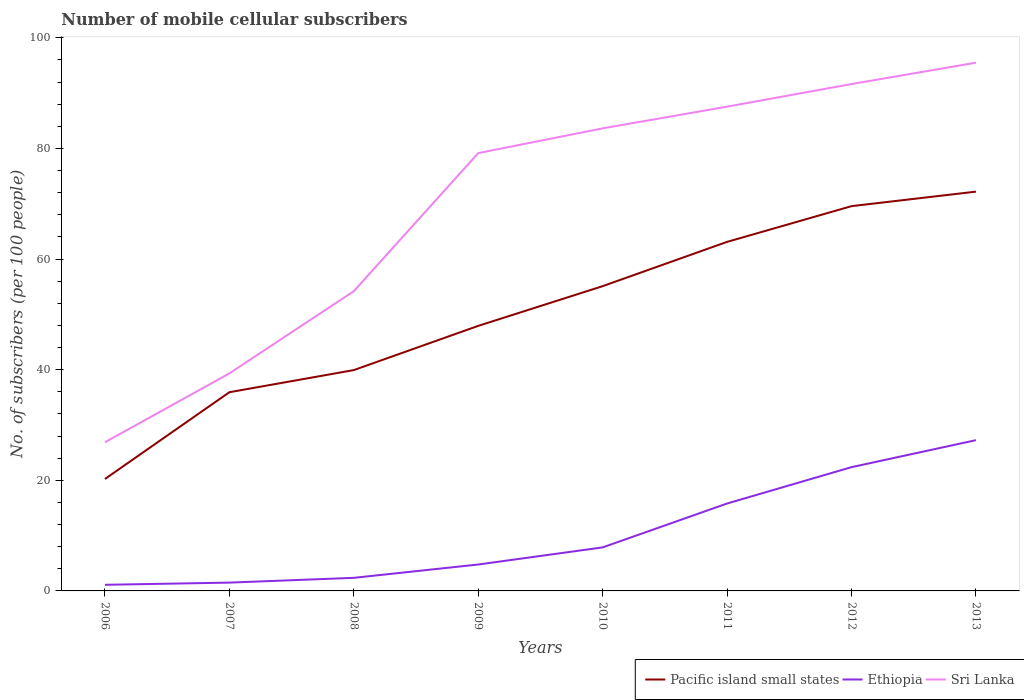
| Years | Pacific island small states | Ethiopia | Sri Lanka |
 | --- | --- | --- | --- |
 | 2006 | 20.2 | 1.11 | 26.9 |
 | 2007 | 35.9 | 1.5 | 39.3 |
 | 2008 | 39.9 | 2.37 | 54.2 |
 | 2009 | 47.9 | 4.78 | 79.1 |
 | 2010 | 55.1 | 7.87 | 83.6 |
 | 2011 | 63.1 | 15.8 | 87.5 |
 | 2012 | 69.6 | 22.4 | 91.6 |
 | 2013 | 72.2 | 27.3 | 95.5 |